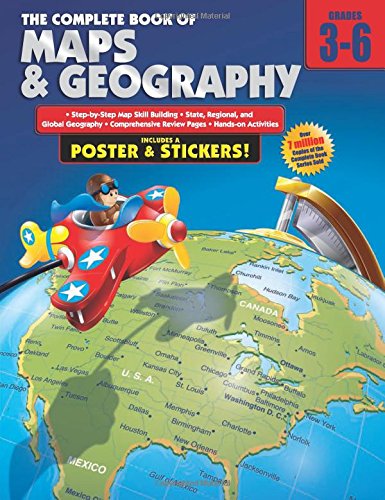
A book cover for The Complete Book of Maps and Geography, Grades 3 - 6; Children's Books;